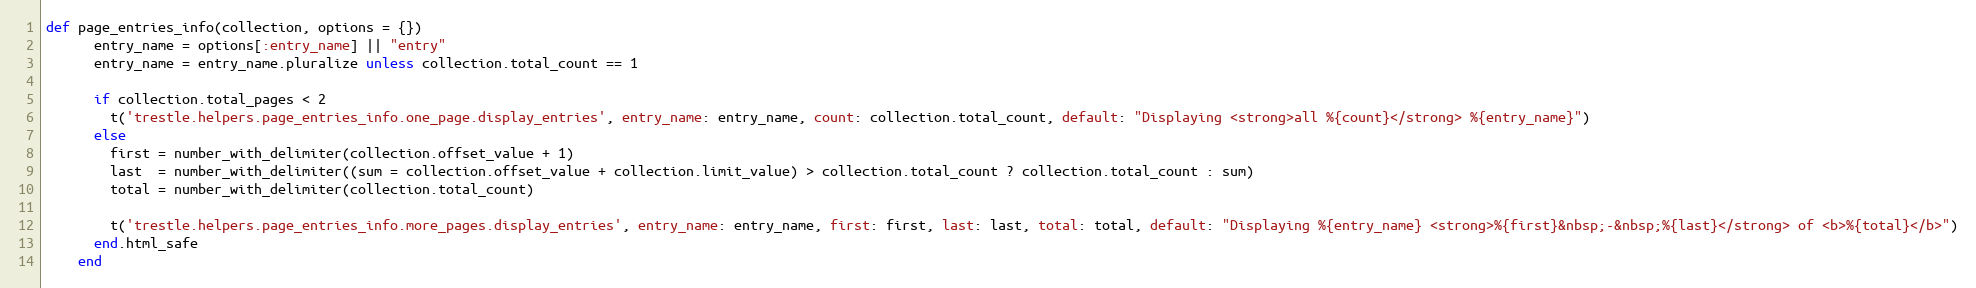
Language: Ruby
def page_entries_info(collection, options = {})
      entry_name = options[:entry_name] || "entry"
      entry_name = entry_name.pluralize unless collection.total_count == 1

      if collection.total_pages < 2
        t('trestle.helpers.page_entries_info.one_page.display_entries', entry_name: entry_name, count: collection.total_count, default: "Displaying <strong>all %{count}</strong> %{entry_name}")
      else
        first = number_with_delimiter(collection.offset_value + 1)
        last  = number_with_delimiter((sum = collection.offset_value + collection.limit_value) > collection.total_count ? collection.total_count : sum)
        total = number_with_delimiter(collection.total_count)

        t('trestle.helpers.page_entries_info.more_pages.display_entries', entry_name: entry_name, first: first, last: last, total: total, default: "Displaying %{entry_name} <strong>%{first}&nbsp;-&nbsp;%{last}</strong> of <b>%{total}</b>")
      end.html_safe
    end